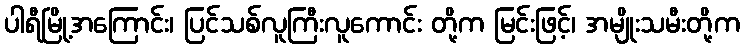
ပါရီမြို့အကြောင်း၊ ပြင်သစ်လူကြီးလူကောင်း တို့က မြင်းဖြင့်၊ အမျိုးသမီးတို့က